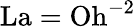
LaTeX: \mathrm{La}=\mathrm{Oh}^{-2}